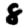
Digit: 8